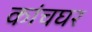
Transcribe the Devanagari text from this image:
कांचघर